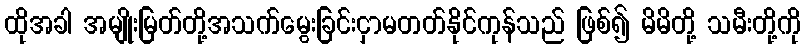
ထိုအခါ အမျိုးမြတ်တို့အသက်မွေးခြင်းငှာမတတ်နိုင်ကုန်သည် ဖြစ်၍ မိမိတို့ သမီးတို့ကို